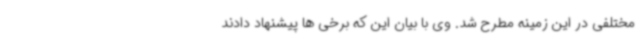
مختلفی در این زمینه مطرح شد. وی با بیان این که برخی ها پیشنهاد دادند